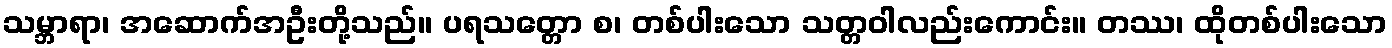
သမ္ဘာရာ၊ အဆောက်အဦးတို့သည်။ ပရသတ္တော စ၊ တစ်ပါးသော သတ္တဝါလည်းကောင်း။ တဿ၊ ထိုတစ်ပါးသော